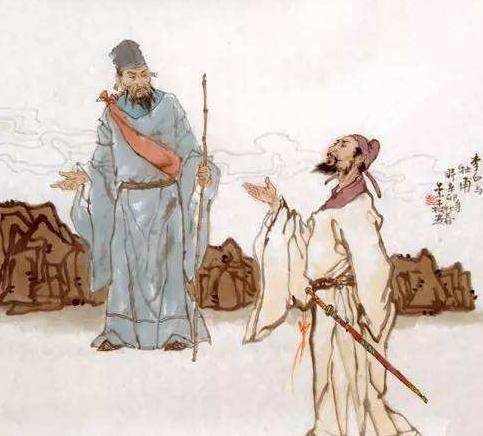
鲁酒不可醉，齐歌空复情。